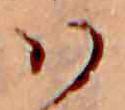
ハ